Jaan_Tonisson_(Lasteleht), lk 320
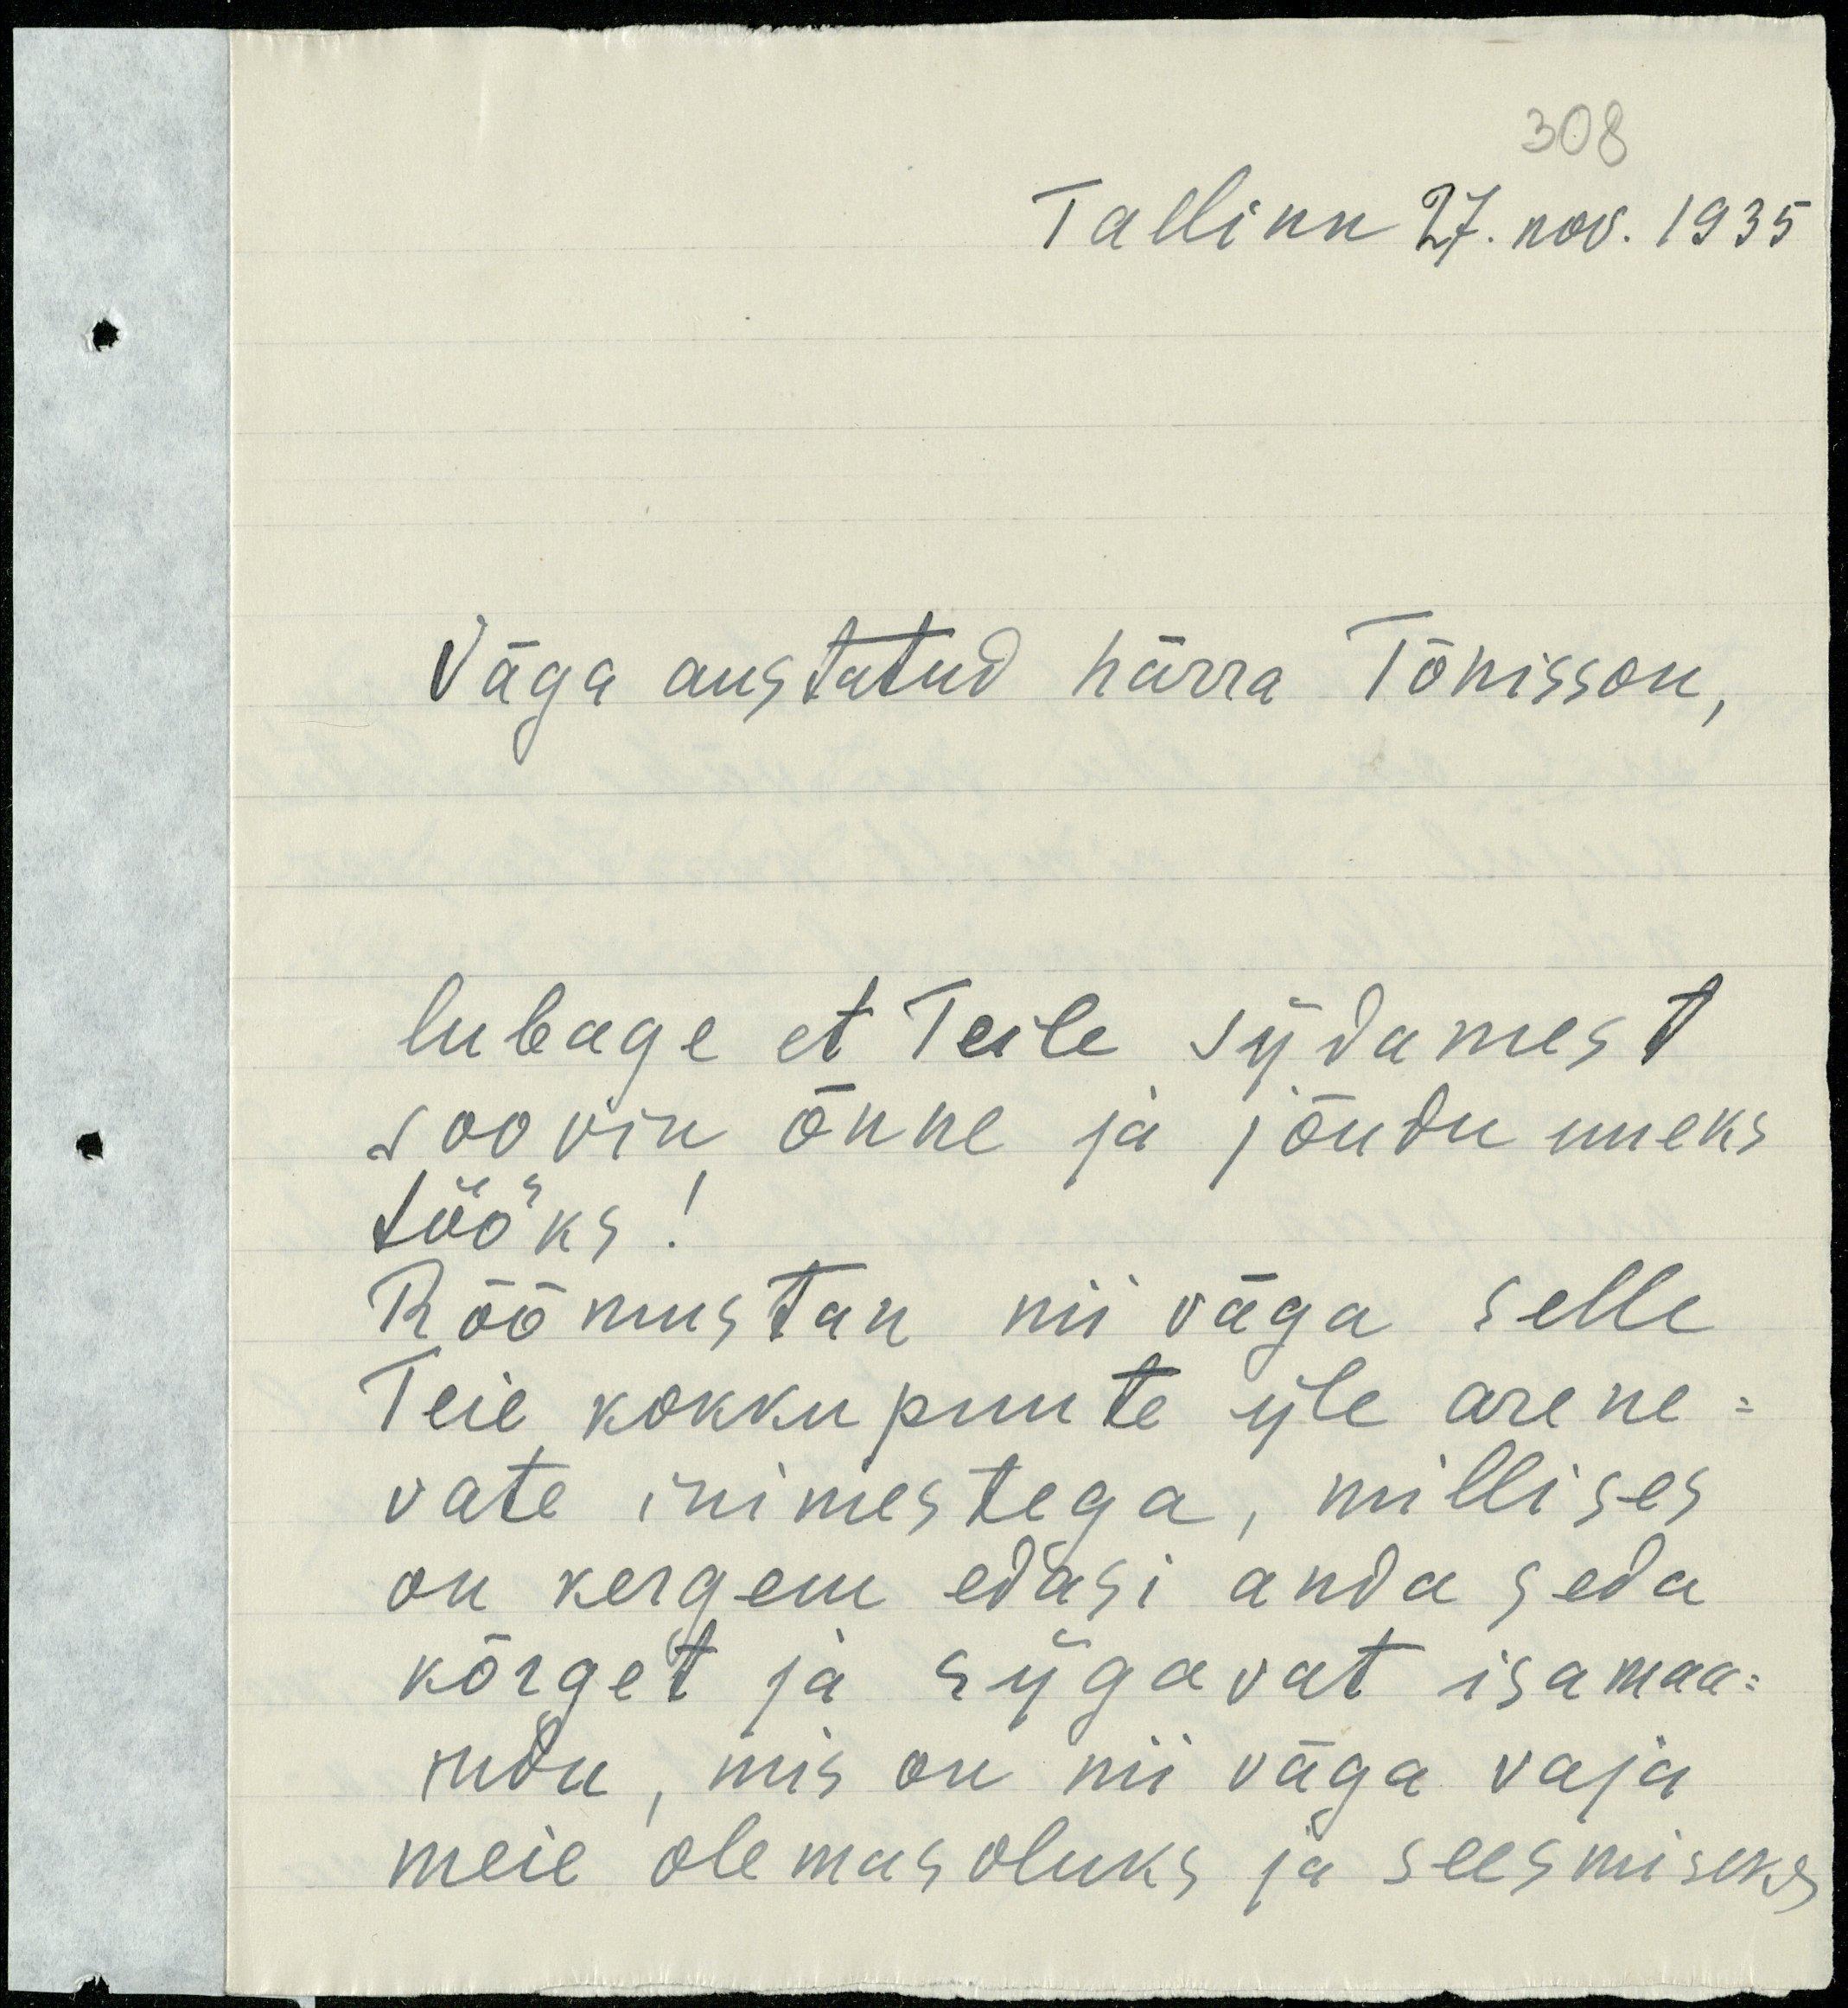
308
Tallinn 27. nov. 1935
Väga austatud härra Tõnisson,
lubage et Teile südamest
soovin õnne ja jõudu uueks
tööks!
Rõõmustan nii väga selle
Teie kokkupuute üle arene-
vate inimestega, millises
on kergem edasi anda seda
kõrget ja sügavat isamaa-
indu, mis on nii väga vaja
meie olemas oluks ja seesmiseks